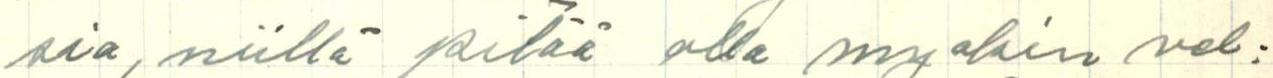
sia, niillä pitää olla myöskin vel=